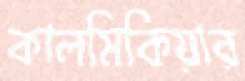
কালমিকিয়ার